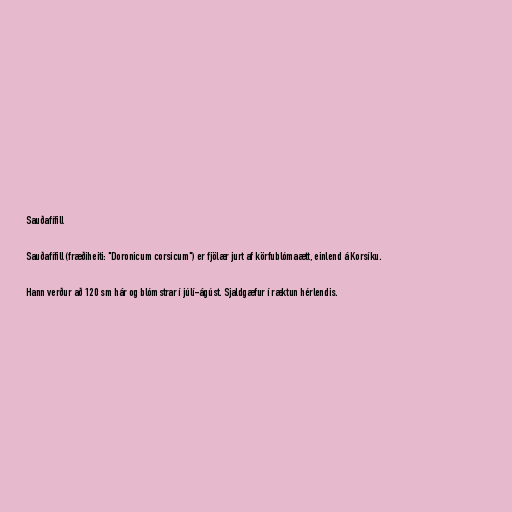
Sauðafífill

Sauðafífill (fræðiheiti: "Doronicum corsicum") er fjölær jurt af körfublómaætt, einlend á Korsíku.

Hann verður að 120 sm hár og blómstrar í júlí-ágúst. Sjaldgæfur í ræktun hérlendis.